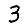
Digit: 3